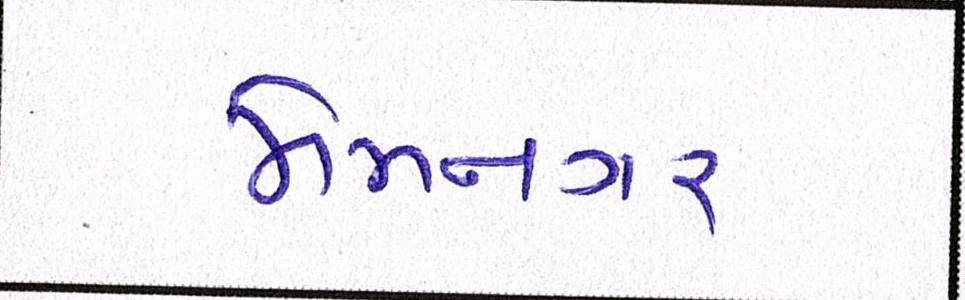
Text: મેમનગર